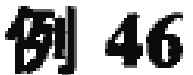
例46